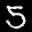
Label: 5